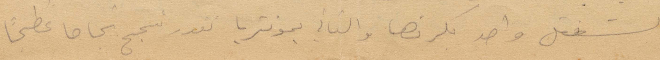
نشتغل واحد بكرتها والثاني بمونتريا نقدر نجح نجاحًا عظيمًا